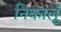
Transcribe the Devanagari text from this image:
निकालूॅ